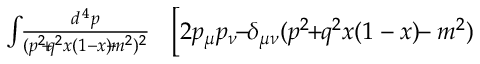
\begin{array} { r l r } { \int \! \! { \frac { d ^ { \, 4 } p } { ( p ^ { 2 } \! \! + \! \! q ^ { 2 } x ( 1 - x ) \! \! - \! \! m ^ { 2 } ) ^ { 2 } } } } & { { } } & { \! \! \! \! \! \! \! \Big [ 2 p _ { \mu } p _ { \nu } \! \! - \! \! \delta _ { \mu \nu } ( p ^ { 2 } \! \! + \! \! q ^ { 2 } x ( 1 - x ) \! \! - m ^ { 2 } ) } \end{array}